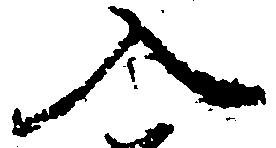
入